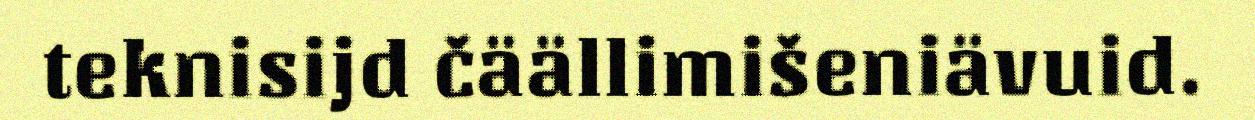
teknisijd čäällimišeniävuid.